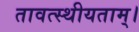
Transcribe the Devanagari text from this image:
तावत्स्थीयताम्।